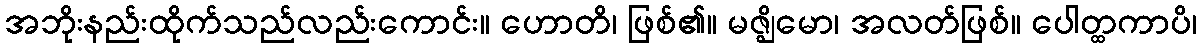
အဘိုးနည်းထိုက်သည်လည်းကောင်း။ ဟောတိ၊ ဖြစ်၏။ မဇ္ဈိမော၊ အလတ်ဖြစ်။ ပေါတ္ထကာပိ၊